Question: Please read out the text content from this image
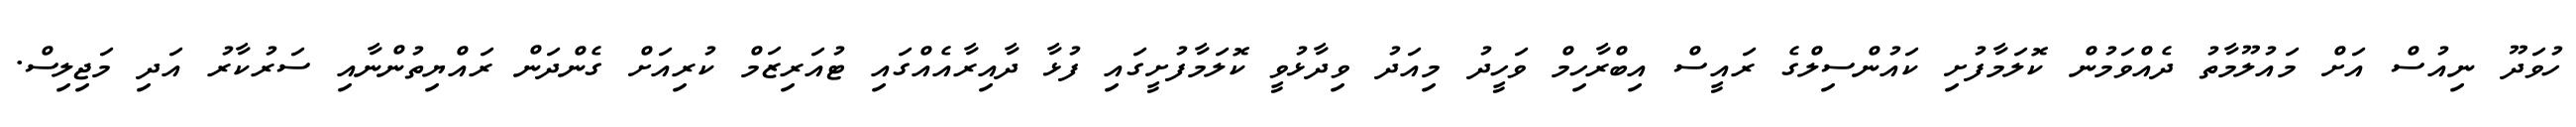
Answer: ހުވަދޫ ނިއުސް އަށް މައުލޫމާތު ދެއްވަމުން ކޮލަމާފުށި ކައުންސިލްގެ ރައީސް އިބްރާހިމް ވަހީދު މިއަދު ވިދާޅުވީ ކޮލަމާފުށީގައި ފުޅާ ދާއިރާއެއްގައި ޓުއަރިޒަމް ކުރިއަށް ގެންދަން ރައްޔިތުންނާއި ސަރުކާރު އަދި މަޖިލިސް.